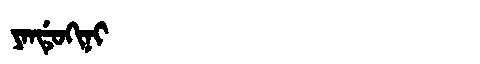
Manchu: ᠶᠠᠨᡩᡠᡴᡳᠨᡳ
Romanization: YANDUKINI